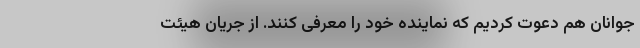
جوانان هم دعوت کردیم که نماینده خود را معرفی کنند. از جریان هیئت